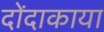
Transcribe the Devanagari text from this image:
दोंदाकाया